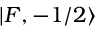
| F , - 1 / 2 \rangle